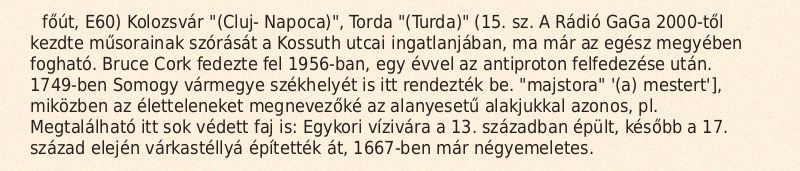
főút, E60) Kolozsvár "(Cluj- Napoca)", Torda "(Turda)" (15. sz. A Rádió GaGa 2000-től kezdte műsorainak szórását a Kossuth utcai ingatlanjában, ma már az egész megyében fogható. Bruce Cork fedezte fel 1956-ban, egy évvel az antiproton felfedezése után. 1749-ben Somogy vármegye székhelyét is itt rendezték be. "majstora" '(a) mestert'], miközben az életteleneket megnevezőké az alanyesetű alakjukkal azonos, pl. Megtalálható itt sok védett faj is: Egykori vízivára a 13. században épült, később a 17. század elején várkastéllyá építették át, 1667-ben már négyemeletes.